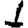
Digit: 1